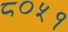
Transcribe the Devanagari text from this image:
८०५१